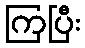
ကြပြီး